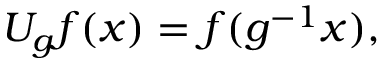
U _ { g } f ( x ) = f ( g ^ { - 1 } x ) ,